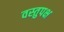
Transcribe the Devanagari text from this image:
वस्तुपक्ष